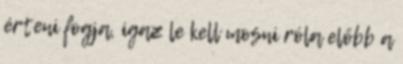
érteni fogja, igaz le kell mosni róla előbb a